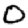
Digit: 0